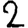
Digit: 2